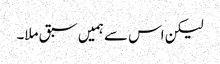
لیکن اس سے ہمیں سبق ملا۔